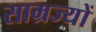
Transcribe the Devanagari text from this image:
साम्रज्यों